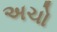
અચો